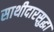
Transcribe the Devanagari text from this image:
साथीदारसुद्धा